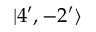
| 4 ^ { \prime } , - 2 ^ { \prime } \rangle